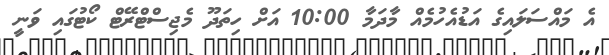
އެ މައްސަލައިގެ އަޑުއެހުމެއް މާދަމާ 10:00 އަށް ހިތަދޫ މެޖިސްޓްރޭޓް ކޯޓުގައި ވަނީ